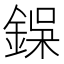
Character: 𮢇